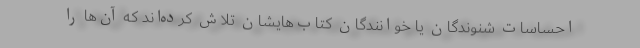
احساسات شنوندگان یا خوانندگان کتاب‌هایشان تلاش کرده‌اند که آن‌ها را